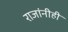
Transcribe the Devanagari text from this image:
राजांनीही